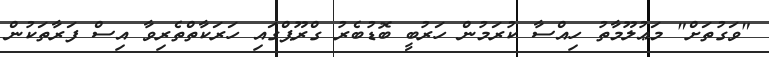
"ވަގުތަށް" މަޢުލޫމާތު ހިއްސާ ކުރަމުން ހަރުބީ ބޮޑުބެރު ގްރޫޕްގައި ހަރަކާތްތެރިވާ އިސް ފަރާތަކުން